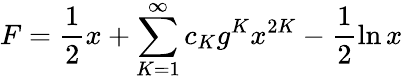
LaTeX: F=\frac{1}{2}x+\sum_{K=1}^{\infty}c_{K}g^{K}x^{2K}-\frac{1}{2}\ln x